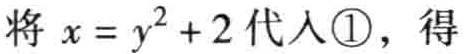
将 \(x = y^{2}+2\) 代入\(\textcircled{1}\)，得